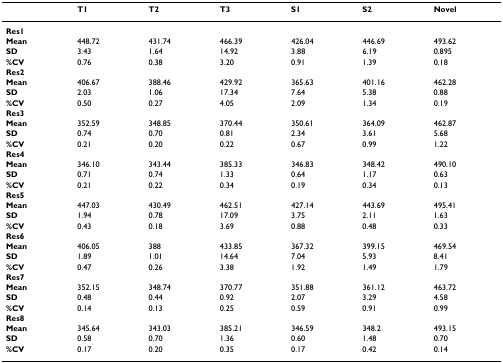
<table><thead><tr><td>[EMPTY_CELL]</td><td><b>T1</b></td><td><b>T2</b></td><td><b>T3</b></td><td><b>S1</b></td><td><b>S2</b></td><td><b>Novel</b></td></tr></thead><tbody><tr><td><b>Res1</b></td><td>[EMPTY_CELL]</td><td>[EMPTY_CELL]</td><td>[EMPTY_CELL]</td><td>[EMPTY_CELL]</td><td>[EMPTY_CELL]</td><td>[EMPTY_CELL]</td></tr><tr><td><b>Mean</b></td><td>448.72</td><td>431.74</td><td>466.39</td><td>426.04</td><td>446.69</td><td>493.62</td></tr><tr><td><b>SD</b></td><td>3.43</td><td>1.64</td><td>14.92</td><td>3.88</td><td>6.19</td><td>0.895</td></tr><tr><td><b>%CV</b></td><td>0.76</td><td>0.38</td><td>3.20</td><td>0.91</td><td>1.39</td><td>0.18</td></tr><tr><td><b>Res2</b></td><td>[EMPTY_CELL]</td><td>[EMPTY_CELL]</td><td>[EMPTY_CELL]</td><td>[EMPTY_CELL]</td><td>[EMPTY_CELL]</td><td>[EMPTY_CELL]</td></tr><tr><td><b>Mean</b></td><td>406.67</td><td>388.46</td><td>429.92</td><td>365.63</td><td>401.16</td><td>462.28</td></tr><tr><td><b>SD</b></td><td>2.03</td><td>1.06</td><td>17.34</td><td>7.64</td><td>5.38</td><td>0.88</td></tr><tr><td><b>%CV</b></td><td>0.50</td><td>0.27</td><td>4.05</td><td>2.09</td><td>1.34</td><td>0.19</td></tr><tr><td><b>Res3</b></td><td>[EMPTY_CELL]</td><td>[EMPTY_CELL]</td><td>[EMPTY_CELL]</td><td>[EMPTY_CELL]</td><td>[EMPTY_CELL]</td><td>[EMPTY_CELL]</td></tr><tr><td><b>Mean</b></td><td>352.59</td><td>348.85</td><td>370.44</td><td>350.61</td><td>364.09</td><td>462.87</td></tr><tr><td><b>SD</b></td><td>0.74</td><td>0.70</td><td>0.81</td><td>2.34</td><td>3.61</td><td>5.68</td></tr><tr><td><b>%CV</b></td><td>0.21</td><td>0.20</td><td>0.22</td><td>0.67</td><td>0.99</td><td>1.22</td></tr><tr><td><b>Res4</b></td><td>[EMPTY_CELL]</td><td>[EMPTY_CELL]</td><td>[EMPTY_CELL]</td><td>[EMPTY_CELL]</td><td>[EMPTY_CELL]</td><td>[EMPTY_CELL]</td></tr><tr><td><b>Mean</b></td><td>346.10</td><td>343.44</td><td>385.33</td><td>346.83</td><td>348.42</td><td>490.10</td></tr><tr><td><b>SD</b></td><td>0.71</td><td>0.74</td><td>1.33</td><td>0.64</td><td>1.17</td><td>0.63</td></tr><tr><td><b>%CV</b></td><td>0.21</td><td>0.22</td><td>0.34</td><td>0.19</td><td>0.34</td><td>0.13</td></tr><tr><td><b>Res5</b></td><td>[EMPTY_CELL]</td><td>[EMPTY_CELL]</td><td>[EMPTY_CELL]</td><td>[EMPTY_CELL]</td><td>[EMPTY_CELL]</td><td>[EMPTY_CELL]</td></tr><tr><td><b>Mean</b></td><td>447.03</td><td>430.49</td><td>462.51</td><td>427.14</td><td>443.69</td><td>495.41</td></tr><tr><td><b>SD</b></td><td>1.94</td><td>0.78</td><td>17.09</td><td>3.75</td><td>2.11</td><td>1.63</td></tr><tr><td><b>%CV</b></td><td>0.43</td><td>0.18</td><td>3.69</td><td>0.88</td><td>0.48</td><td>0.33</td></tr><tr><td><b>Res6</b></td><td>[EMPTY_CELL]</td><td>[EMPTY_CELL]</td><td>[EMPTY_CELL]</td><td>[EMPTY_CELL]</td><td>[EMPTY_CELL]</td><td>[EMPTY_CELL]</td></tr><tr><td><b>Mean</b></td><td>406.05</td><td>388</td><td>433.85</td><td>367.32</td><td>399.15</td><td>469.54</td></tr><tr><td><b>SD</b></td><td>1.89</td><td>1.01</td><td>14.64</td><td>7.04</td><td>5.93</td><td>8.41</td></tr><tr><td><b>%CV</b></td><td>0.47</td><td>0.26</td><td>3.38</td><td>1.92</td><td>1.49</td><td>1.79</td></tr><tr><td><b>Res7</b></td><td>[EMPTY_CELL]</td><td>[EMPTY_CELL]</td><td>[EMPTY_CELL]</td><td>[EMPTY_CELL]</td><td>[EMPTY_CELL]</td><td>[EMPTY_CELL]</td></tr><tr><td><b>Mean</b></td><td>352.15</td><td>348.74</td><td>370.77</td><td>351.88</td><td>361.12</td><td>463.72</td></tr><tr><td><b>SD</b></td><td>0.48</td><td>0.44</td><td>0.92</td><td>2.07</td><td>3.29</td><td>4.58</td></tr><tr><td><b>%CV</b></td><td>0.14</td><td>0.13</td><td>0.25</td><td>0.59</td><td>0.91</td><td>0.99</td></tr><tr><td><b>Res8</b></td><td>[EMPTY_CELL]</td><td>[EMPTY_CELL]</td><td>[EMPTY_CELL]</td><td>[EMPTY_CELL]</td><td>[EMPTY_CELL]</td><td>[EMPTY_CELL]</td></tr><tr><td><b>Mean</b></td><td>345.64</td><td>343.03</td><td>385.21</td><td>346.59</td><td>348.2</td><td>493.15</td></tr><tr><td><b>SD</b></td><td>0.58</td><td>0.70</td><td>1.36</td><td>0.60</td><td>1.48</td><td>0.70</td></tr><tr><td><b>%CV</b></td><td>0.17</td><td>0.20</td><td>0.35</td><td>0.17</td><td>0.42</td><td>0.14</td></tr></tbody></table>